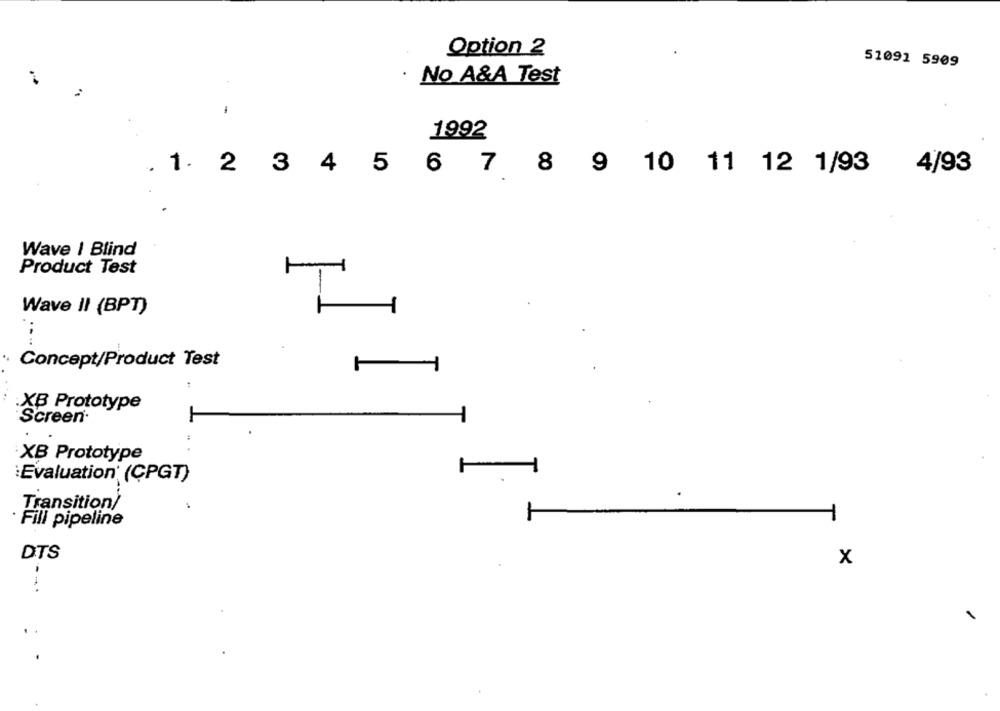
Option 2
51091 5909
No A&A Test
1
1992
. 1. 2
3
4
5
4/93
6 7 8 9 10 11 12 1/93
Wave I Blind
Product Test
-
Wave II (BPT)
Concept/Product Test
XB Prototype
Screen.
XB Prototype
:Evaluation (CPGT)
Transition/
Fill pipeline
DTS
x
--.